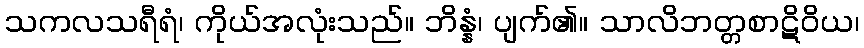
သကလသရီရံ၊ ကိုယ်အလုံးသည်။ ဘိန္နံ၊ ပျက်၏။ သာလိဘတ္တစာဋိဝိယ၊